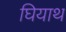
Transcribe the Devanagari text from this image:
घियाथ